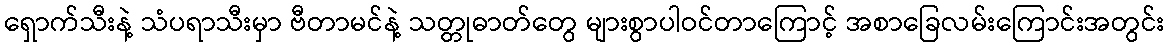
ရှောက်သီးနဲ့ သံပရာသီးမှာ ဗီတာမင်နဲ့ သတ္တုဓာတ်တွေ များစွာပါဝင်တာကြောင့် အစာခြေလမ်းကြောင်းအတွင်း